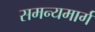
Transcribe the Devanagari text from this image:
समन्यमार्ग